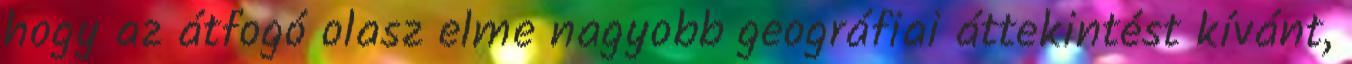
hogy az átfogó olasz elme nagyobb geográfiai áttekintést kívánt,